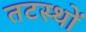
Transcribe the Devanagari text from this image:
तटस्थों